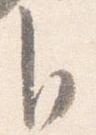
自